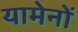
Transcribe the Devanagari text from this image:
यामेनों